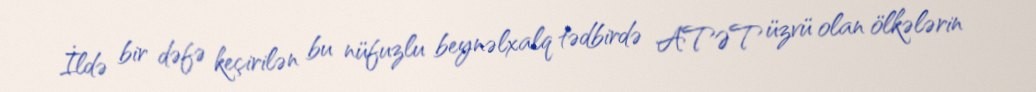
İldə bir dəfə keçirilən bu nüfuzlu beynəlxalq tədbirdə ATƏT üzvü olan ölkələrin